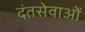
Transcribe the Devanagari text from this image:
दंतसेवाओं